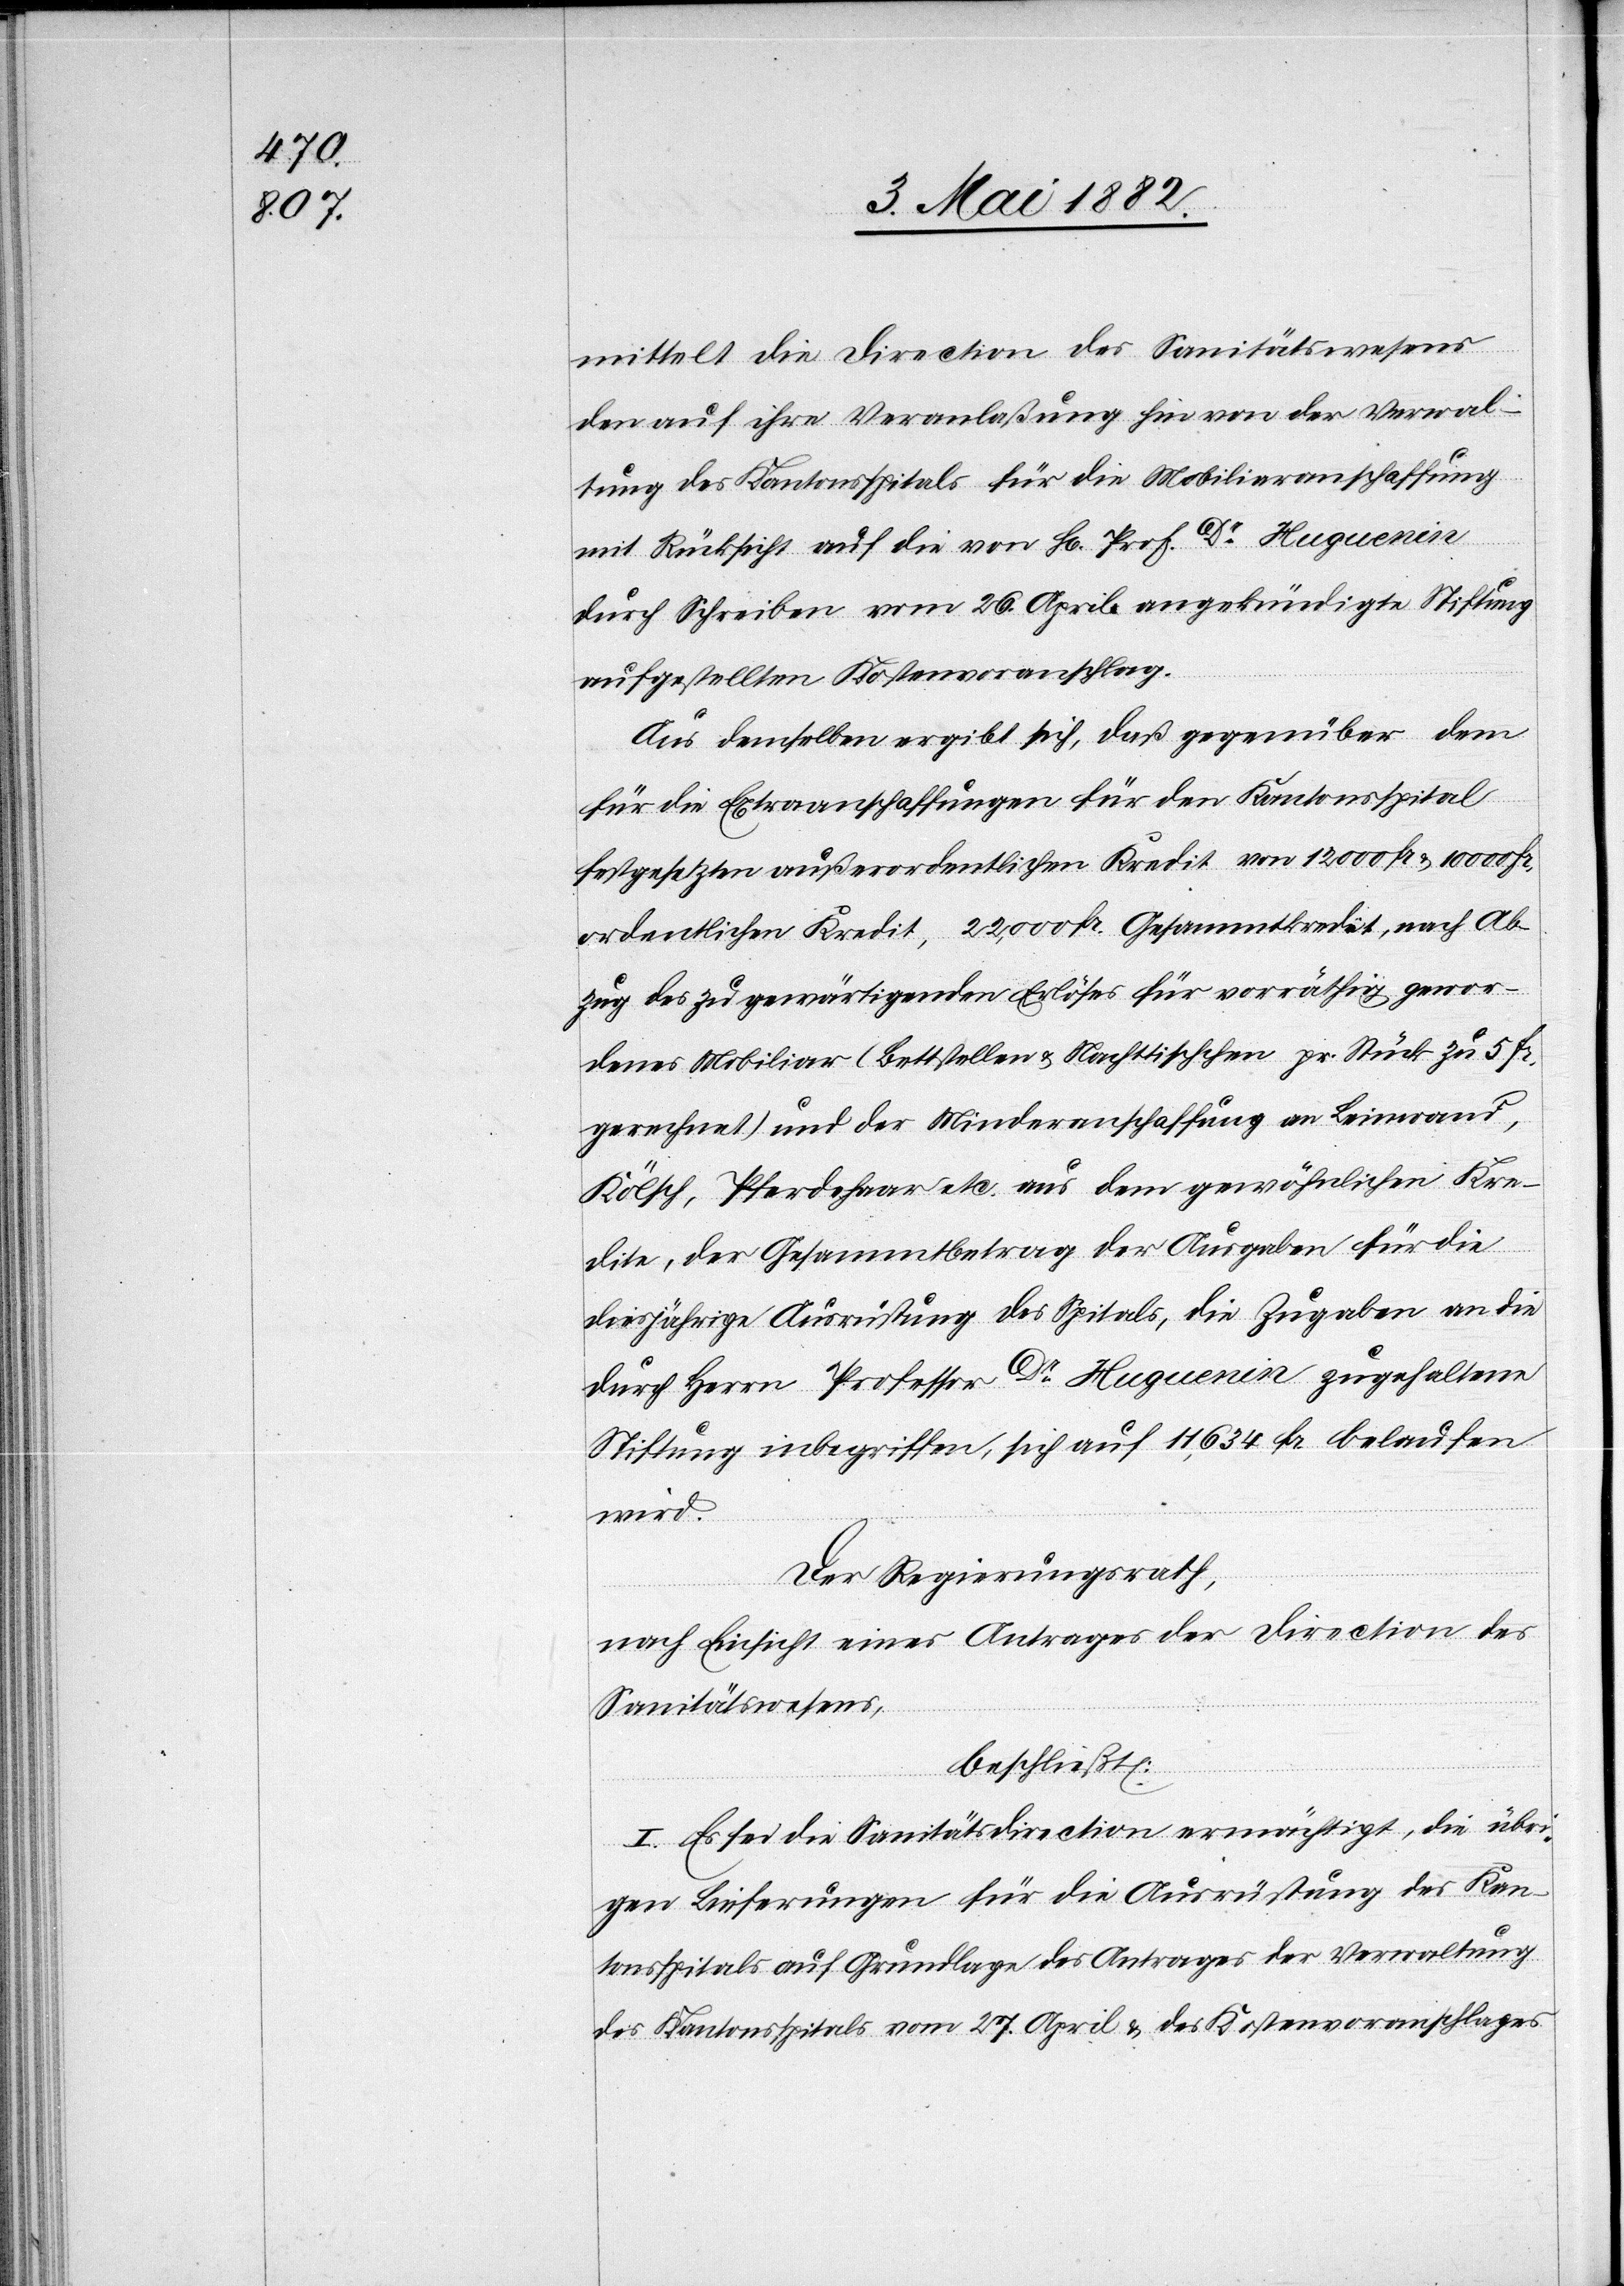
mittelt die Direction des Sanitätswesens
den auf ihre Veranlaßung hin von der Verwal¬
tung des Kantonsspitals für die Mobiliaranschaffung
mit Rücksicht auf die von Hr. Prof. Dr Huguenin
durch Schreiben vom 26. April angekündigte Stiftung
aufgestellten Kostenvoranschlag.
Aus demselben ergibt sich, daß gegenüber dem
für die Extraanschaffungen für den Kantonsspital
festgesetzten außerordentlichen Kredit von 12 000 Fr. & 10 000 Fr.
ordentlichen Kredit, 22,000 Fr. Gesammtkredit, nach Ab¬
zug des zu gewärtigenden Erlöses für vorräthig gewor¬
denes Mobiliar (Bettstellen & Nachttischchen pr. Stück zu 5 Fr.
gerechnet) und der Minderanschaffung an Leinwand,
Kölsch, Pferdehaar etc. aus dem gewöhnlichen Kre¬
dite, der Gesammtbetrag der Ausgaben für die
diesjährige Ausrüstung des Spitals, die Zugaben an die
durch Herrn Professor Dr Huguenin zugehaltene
Stiftung inbegriffen, auf 11,634 Fr. belaufen
wird.
Der Regierungsrath,
nach Einsicht eines Antrages der Direction des
Sanitätswesens,
beschließt:
I. Es sei die Sanitätsdirection ermächtigt, die übri¬
gen Lieferungen für die Ausrüstung des Kan¬
tonsspitals auf Grundlage des Antrages der Verwaltung
des Kantonsspitals vom 27. April & des Kostenvoranschlages